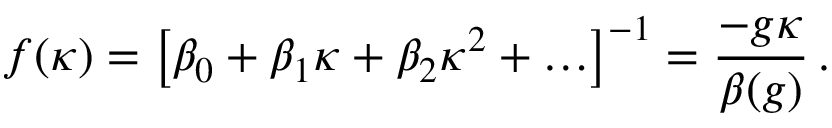
f ( \kappa ) = \left[ \beta _ { 0 } + \beta _ { 1 } \kappa + \beta _ { 2 } \kappa ^ { 2 } + \ldots \right] ^ { - 1 } = \frac { - g \kappa } { \beta ( g ) } \, .